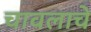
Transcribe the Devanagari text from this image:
चावलाचे